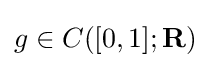
g\in C([0,1];\mathbf {R} )